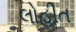
લોહીત